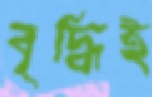
বৃদ্ধিই